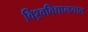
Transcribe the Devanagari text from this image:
विश्र्वविद्यालयात